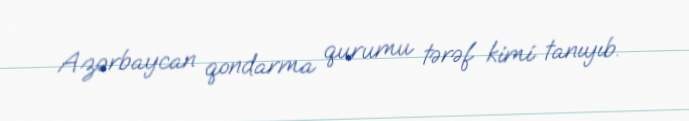
Azərbaycan qondarma qurumu tərəf kimi tanıyıb.